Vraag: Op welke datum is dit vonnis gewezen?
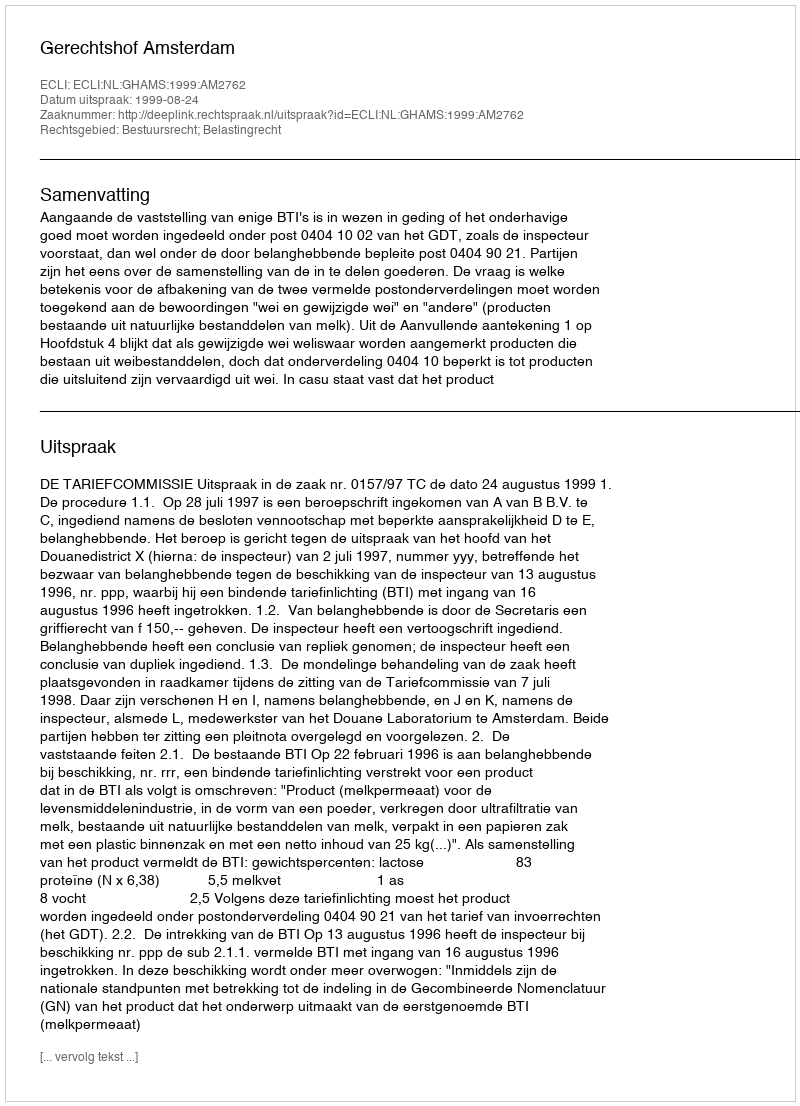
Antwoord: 1999-08-24